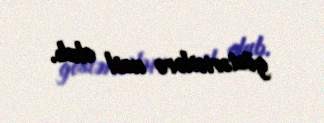
göstəricilərə nail olub.